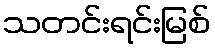
သတင်းရင်းမြစ်